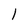
Character: I